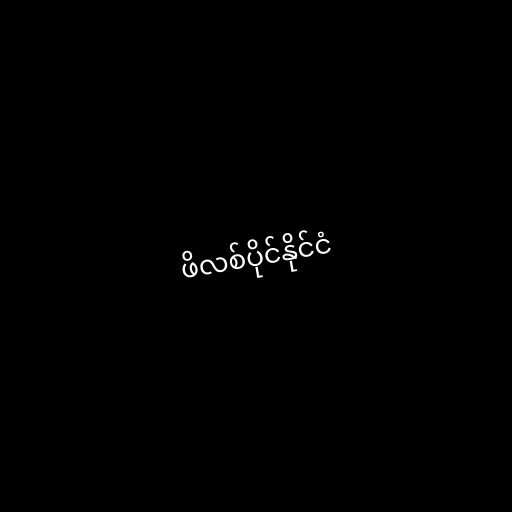
ဖိလစ်ပိုင်နိုင်ငံ